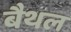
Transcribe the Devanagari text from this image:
बैथल